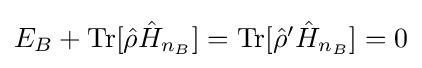
{\textstyle E_{B}+{\text{Tr}}[{\hat {\rho }}{\hat {H}}_{n_{B}}]={\text{Tr}}[{\hat {\rho }}'{\hat {H}}_{n_{B}}]=0}